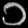
Digit: ၁